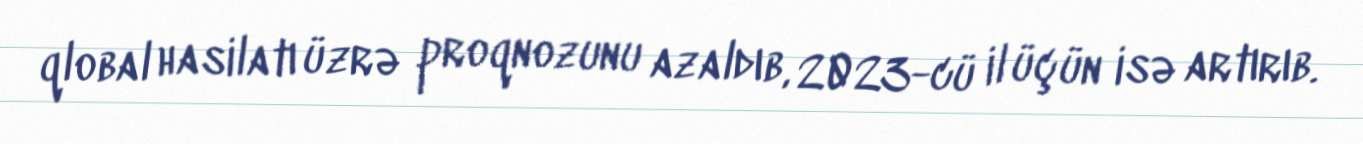
qlobal hasilatı üzrə proqnozunu azaldıb, 2023-cü il üçün isə artırıb.